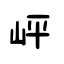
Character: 岼